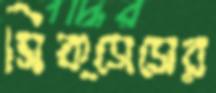
সিক্সেসের